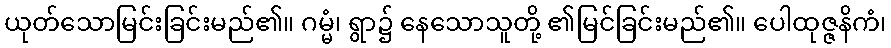
ယုတ်သောမြင်းခြင်းမည်၏။ ဂမ္မံ၊ ရွာ၌ နေသောသူတို့ ၏မြင်ခြင်းမည်၏။ ပေါထုဇ္ဇနိကံ၊